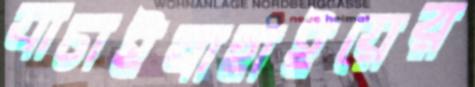
যাচাইবাছাইয়ের